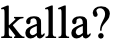
kalla?